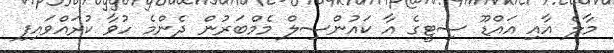
މާލެ އާއި އައްޑޫ ސިޓީގެ އާ ކައުންސިލް މެމްބަރުން ދެންމެ ހުވާ ކުރައްވައިފި